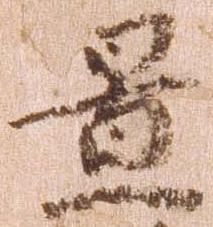
置